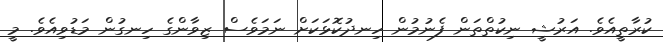
ކުރާތީއެވެ. އަރުޝީ ނިކުތްތަން ފެނުމުން ހިނދުކޮޅަކަށް ނަމަވެސް ޒިވާންގެ ހިނގުން މަޑުވިއެވެ. މީ